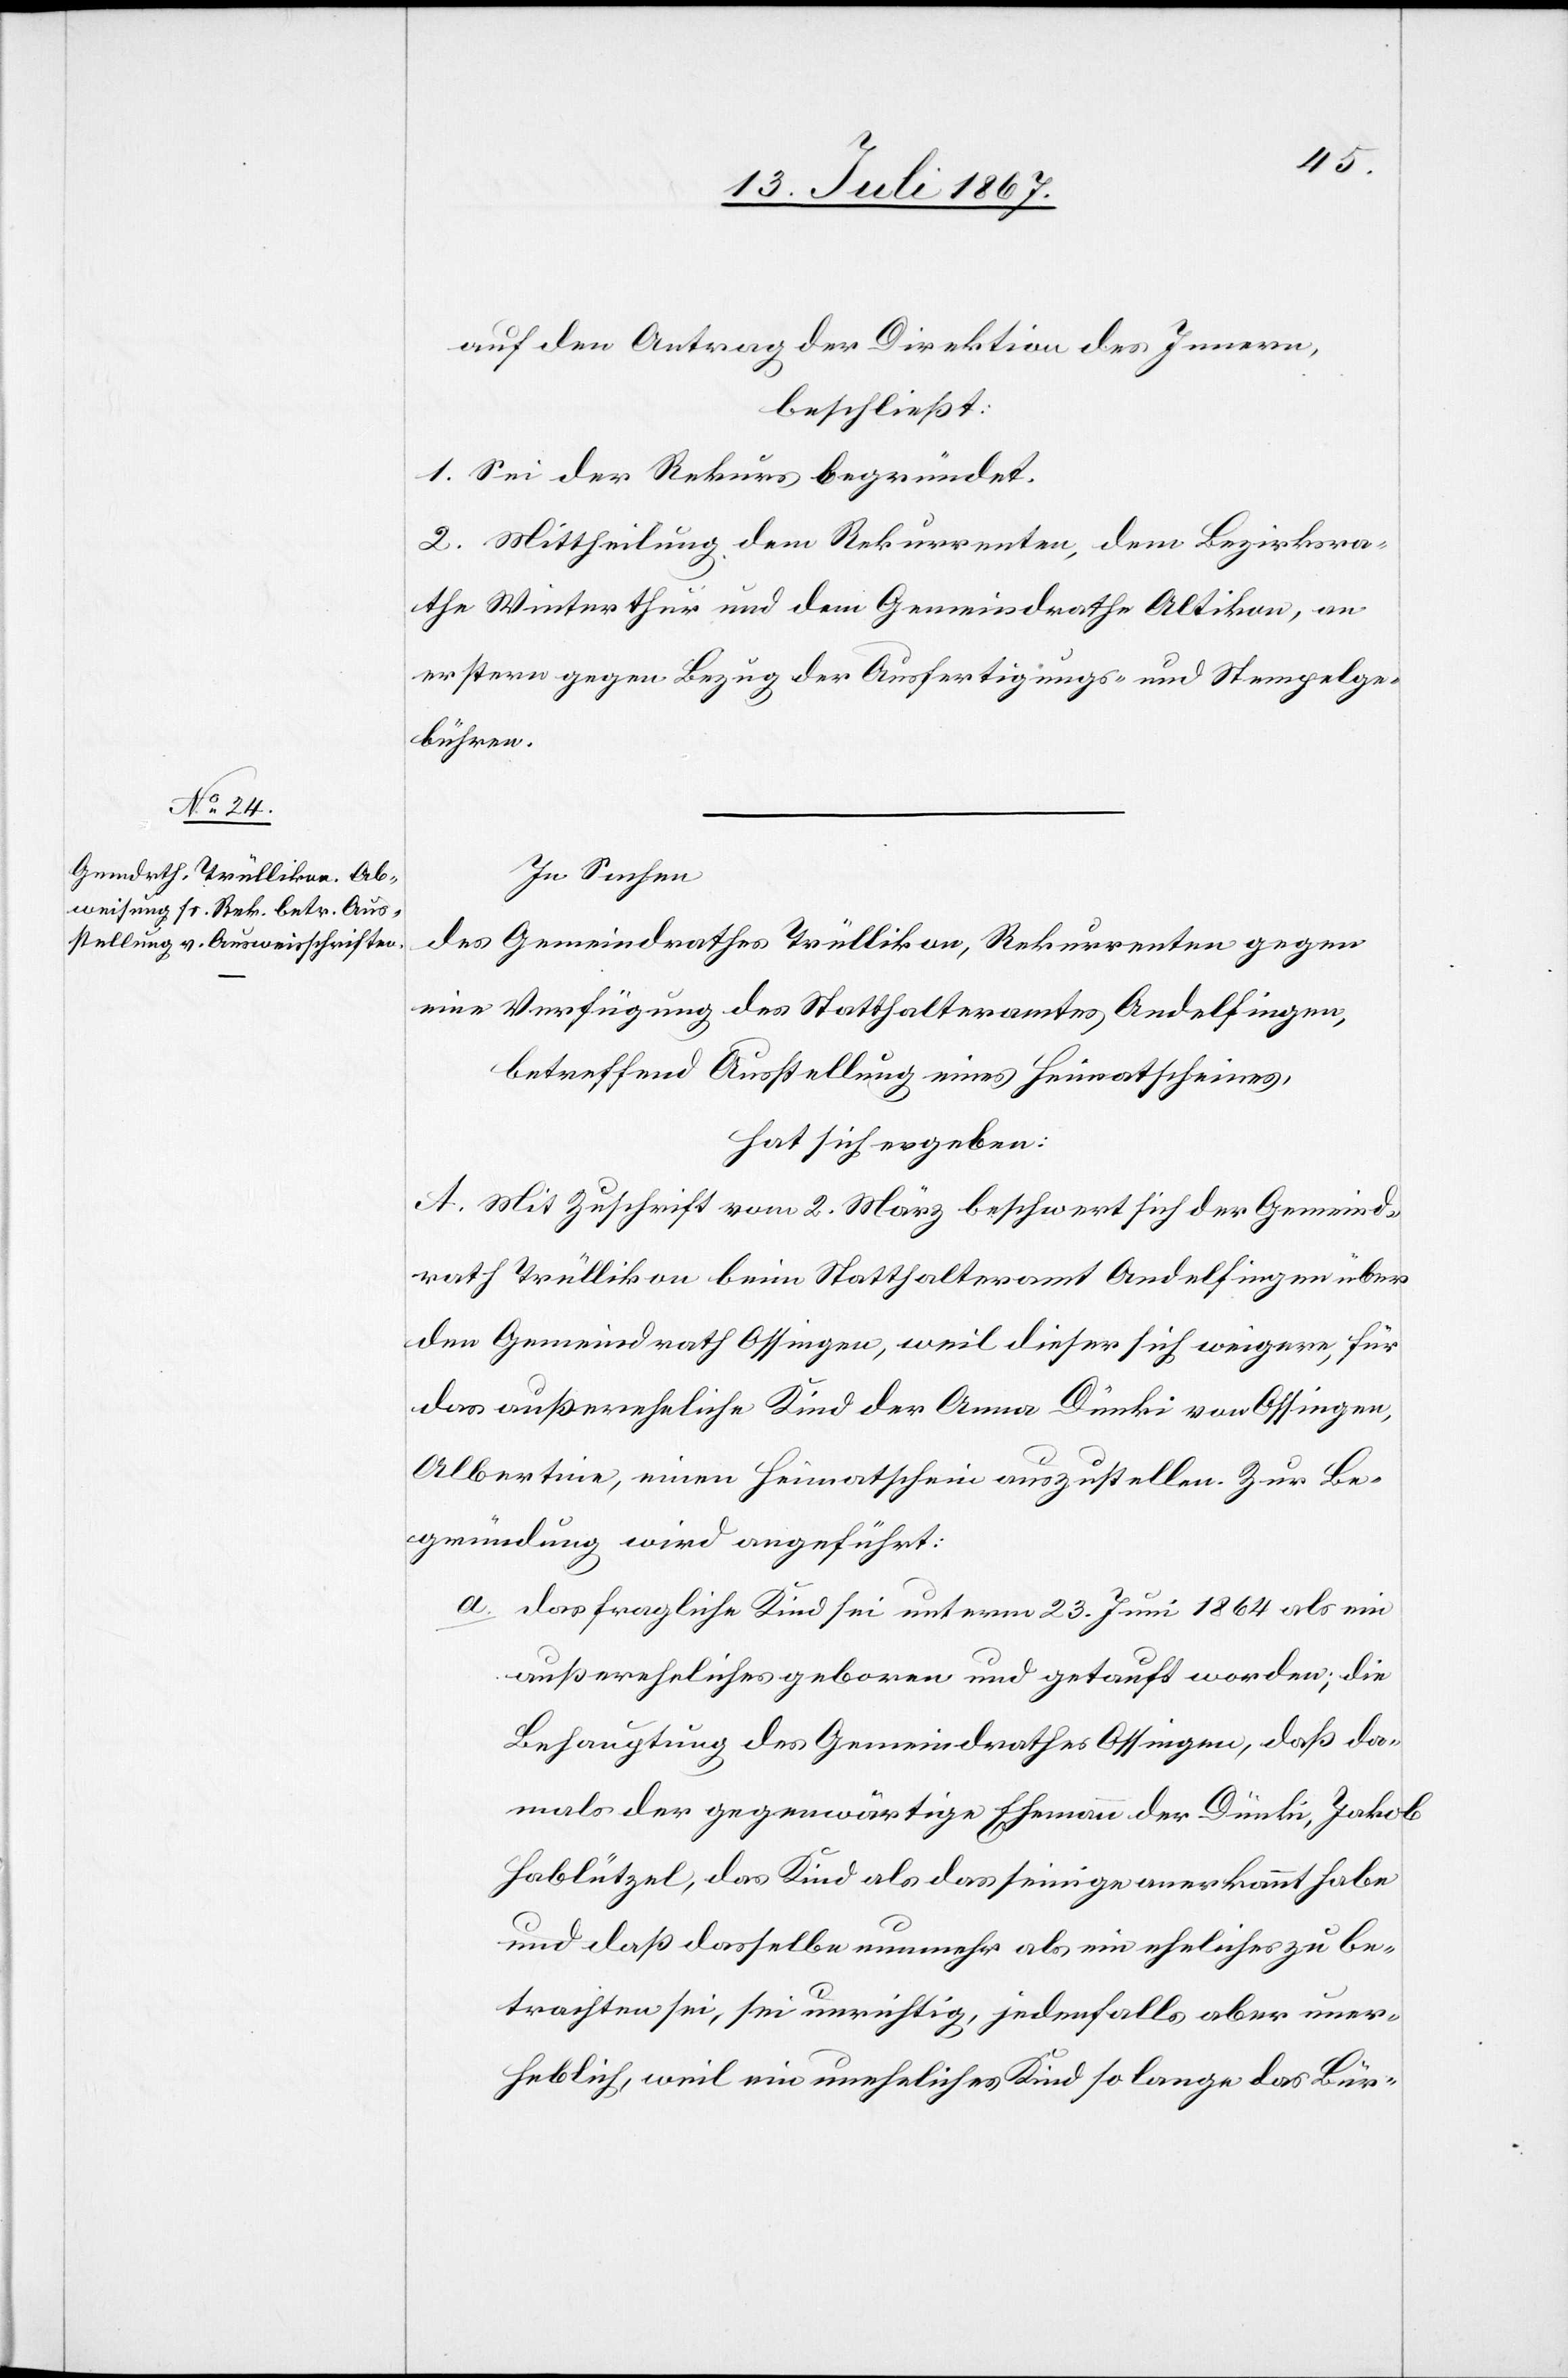
auf den Antrag der Direktion des Innern,
beschließt:
1. Sei der Rekurs begründet.
2. Mittheilung dem Rekurrenten, dem Bezirksra¬
the Winterthur und dem Gemeindrathe Altikon, an
erstere gegen Bezug der Ausfertigungs- und Stempelge¬
bühren.
In Sachen
des Gemeindrathes Trüllikon, Rekurrenten gegen
eine Verfügung des Statthalteramtes Andelfingen,
betreffend Ausstellung eines Heimatscheines,
hat sich ergeben:
A. Mit Zuschrift vom 2. März beschwert sich der Gemeind¬
rath Trüllikon beim Statthalteramt Andelfingen über
den Gemeindrath Ossingen, weil dieser sich weigere, für
das außereheliche Kind der Anna Dünki von Ossingen,
Albertine, einen Heimatschein auszustellen. Zur Be¬
gründung wird angeführt:
a. das fragliche Kind sei unterm 23. Juni 1864 als ein
außereheliches geboren und getauft worden; die
Behauptung des Gemeindrathes Ossingen, daß da¬
mals der gegenwärtige Ehemann der Dünki, Jakob
Hablützel, das Kind als das seinige anerkannt habe
und daß dasselbe nunmehr als ein eheliches zu be¬
trachten sei, sei unrichtig, jedenfalls aber uner¬
heblich, weil ein uneheliches Kind so lange das Bür-